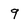
Character: 9